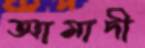
আমাদী